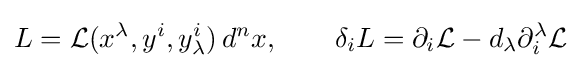
L={\mathcal {L}}(x^{\lambda },y^{i},y_{\lambda }^{i})\,d^{n}x,\qquad \delta _{i}L=\partial _{i}{\mathcal {L}}-d_{\lambda }\partial _{i}^{\lambda }{\mathcal {L}}